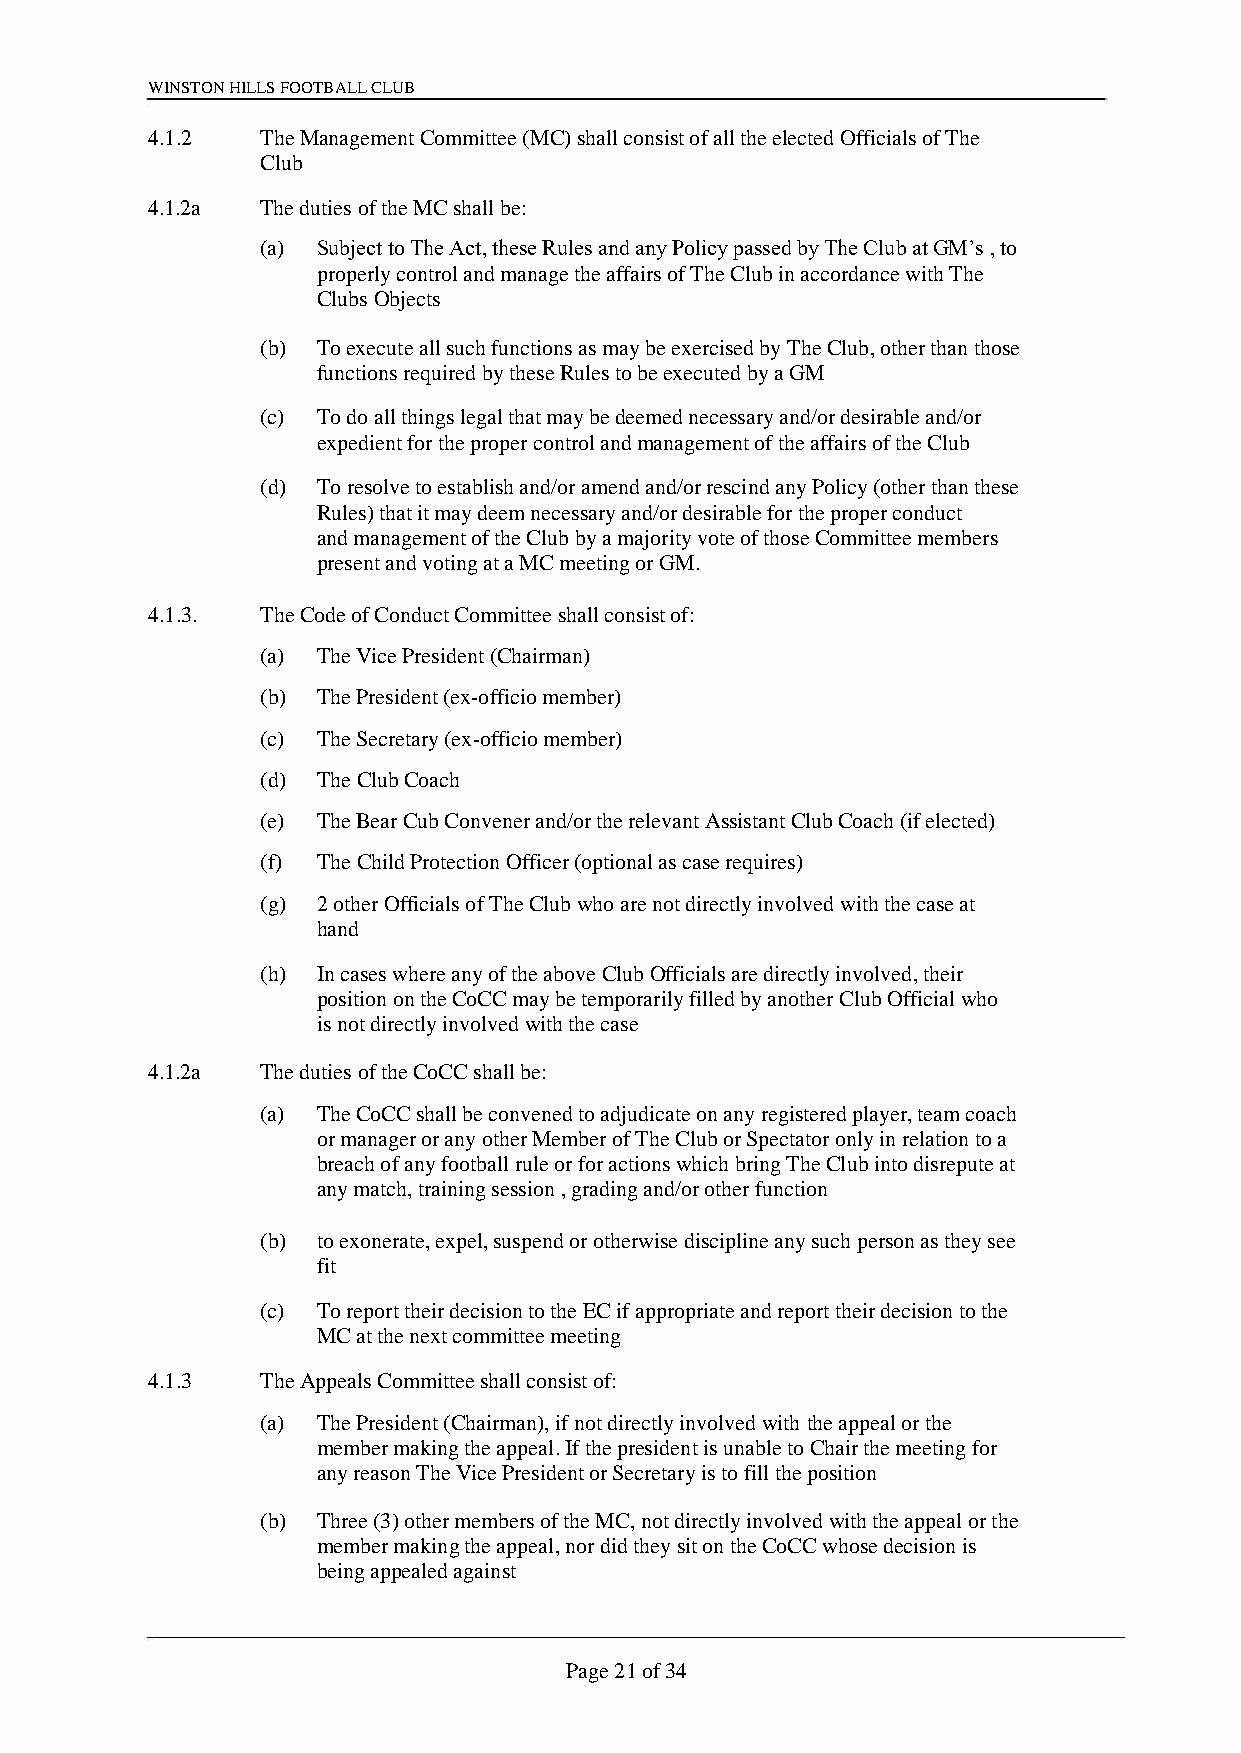
WINSTON HILLS FOOTBALL CLUB
 4.1.2  The Management Committee (MC) shall consist of all the elected Officials of The
 Club
 4.1.2a The duties of the MC shall be:
 (a) Subject to The Act, these Rules and any Policy passed by The Club at GM’s , to
 properly control and manage the affairs of The Club in accordance with The
 Clubs Objects
 (b) To execute all such functions as may be exercised by The Club, other than those
 functions required by these Rules to be executed by a GM
 (c) To do all things legal that may be deemed necessary and/or desirable and/or
 expedient for the proper control and management of the affairs of the Club
 (d) To resolve to establish and/or amend and/or rescind any Policy (other than these
 Rules) that it may deem necessary and/or desirable for the proper conduct
 and management of the Club by a majority vote of those Committee members
 present and voting at a MC meeting or GM.
 4.1.3. The Code of Conduct Committee shall consist of:
 (a) The Vice President (Chairman)
 (b) The President (ex-officio member)
 (c) The Secretary (ex-officio member)
 (d) The Club Coach
 (e) The Bear Cub Convener and/or the relevant Assistant Club Coach (if elected)
 (f) The Child Protection Officer (optional as case requires)
 (g) 2 other Officials of The Club who are not directly involved with the case at
 hand
 (h) In cases where any of the above Club Officials are directly involved, their
 position on the CoCC may be temporarily filled by another Club Official who
 is not directly involved with the case
 4.1.2a The duties of the CoCC shall be:
 (a) The CoCC shall be convened to adjudicate on any registered player, team coach
 or manager or any other Member of The Club or Spectator only in relation to a
 breach of any football rule or for actions which bring The Club into disrepute at
 any match, training session , grading and/or other function
 (b) to exonerate, expel, suspend or otherwise discipline any such person as they see
 fit
 (c) To report their decision to the EC if appropriate and report their decision to the
 MC at the next committee meeting
 4.1.3  The Appeals Committee shall consist of:
 (a) The President (Chairman), if not directly involved with the appeal or the
 member making the appeal. If the president is unable to Chair the meeting for
 any reason The Vice President or Secretary is to fill the position
 (b) Three (3) other members of the MC, not directly involved with the appeal or the
 member making the appeal, nor did they sit on the CoCC whose decision is
 being appealed against
 Page 21 of 34